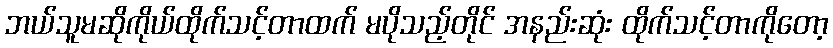
ဘယ်သူမဆိုကိုယ်ထိုက်သင့်တာထက် မပိုသည့်တိုင် အနည်းဆုံး ထိုက်သင့်တာကိုတော့